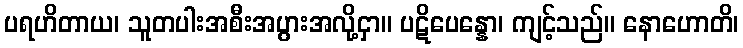
ပရဟိတာယ၊ သူတပါးအစီးအပွားအလို့ငှာ။ ပဋိပေန္နော၊ ကျင့်သည်။ နောဟောတိ၊